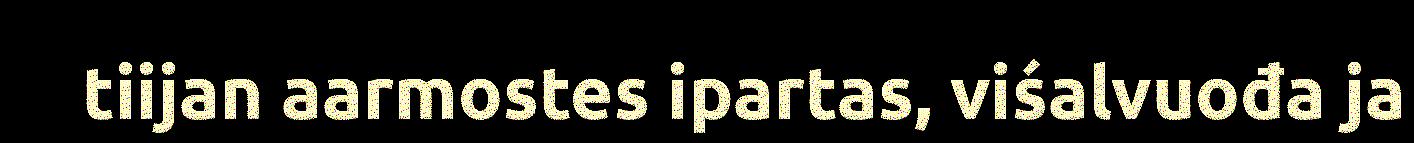
tiijan aarmostes ipartas, viśalvuođa ja